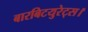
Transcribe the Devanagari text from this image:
बारबिटयुरेट्स।